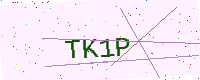
Text: TK1P